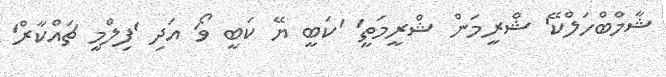
ޝާމްބްހަލްކޭ' ޝްރީމަން ޝްރީމަތީ' 'ކަބީ ޔޭ ކަބީ ވޯ' އަދި 'ފިލްމީ ޗައްކާރް'